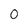
Character: 0